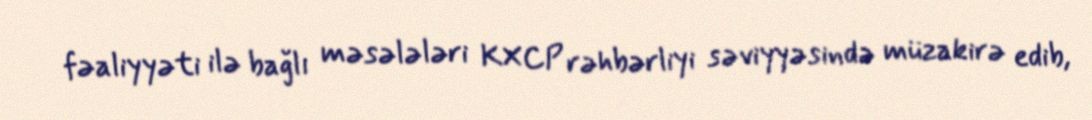
fəaliyyəti ilə bağlı məsələləri KXCP rəhbərliyi səviyyəsində müzakirə edib,